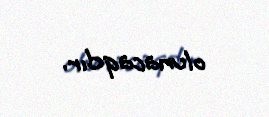
olunacaqdır.